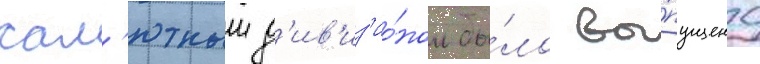
сал'ютным д'ив'из'ио́ном бы́ло вы́пущено